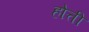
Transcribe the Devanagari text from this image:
होत्ती